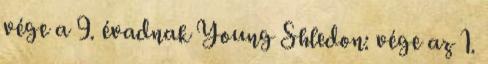
vége a 9. évadnak Young Shledon: vége az 1.